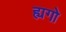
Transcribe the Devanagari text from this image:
ह्यगो